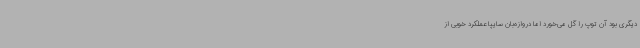
دیگری بود آن توپ را گل می‌خورد اما دروازه‌بان سایپا عملکرد خوبی از